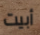
أبيت